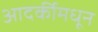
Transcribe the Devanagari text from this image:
आदर्कीमधून